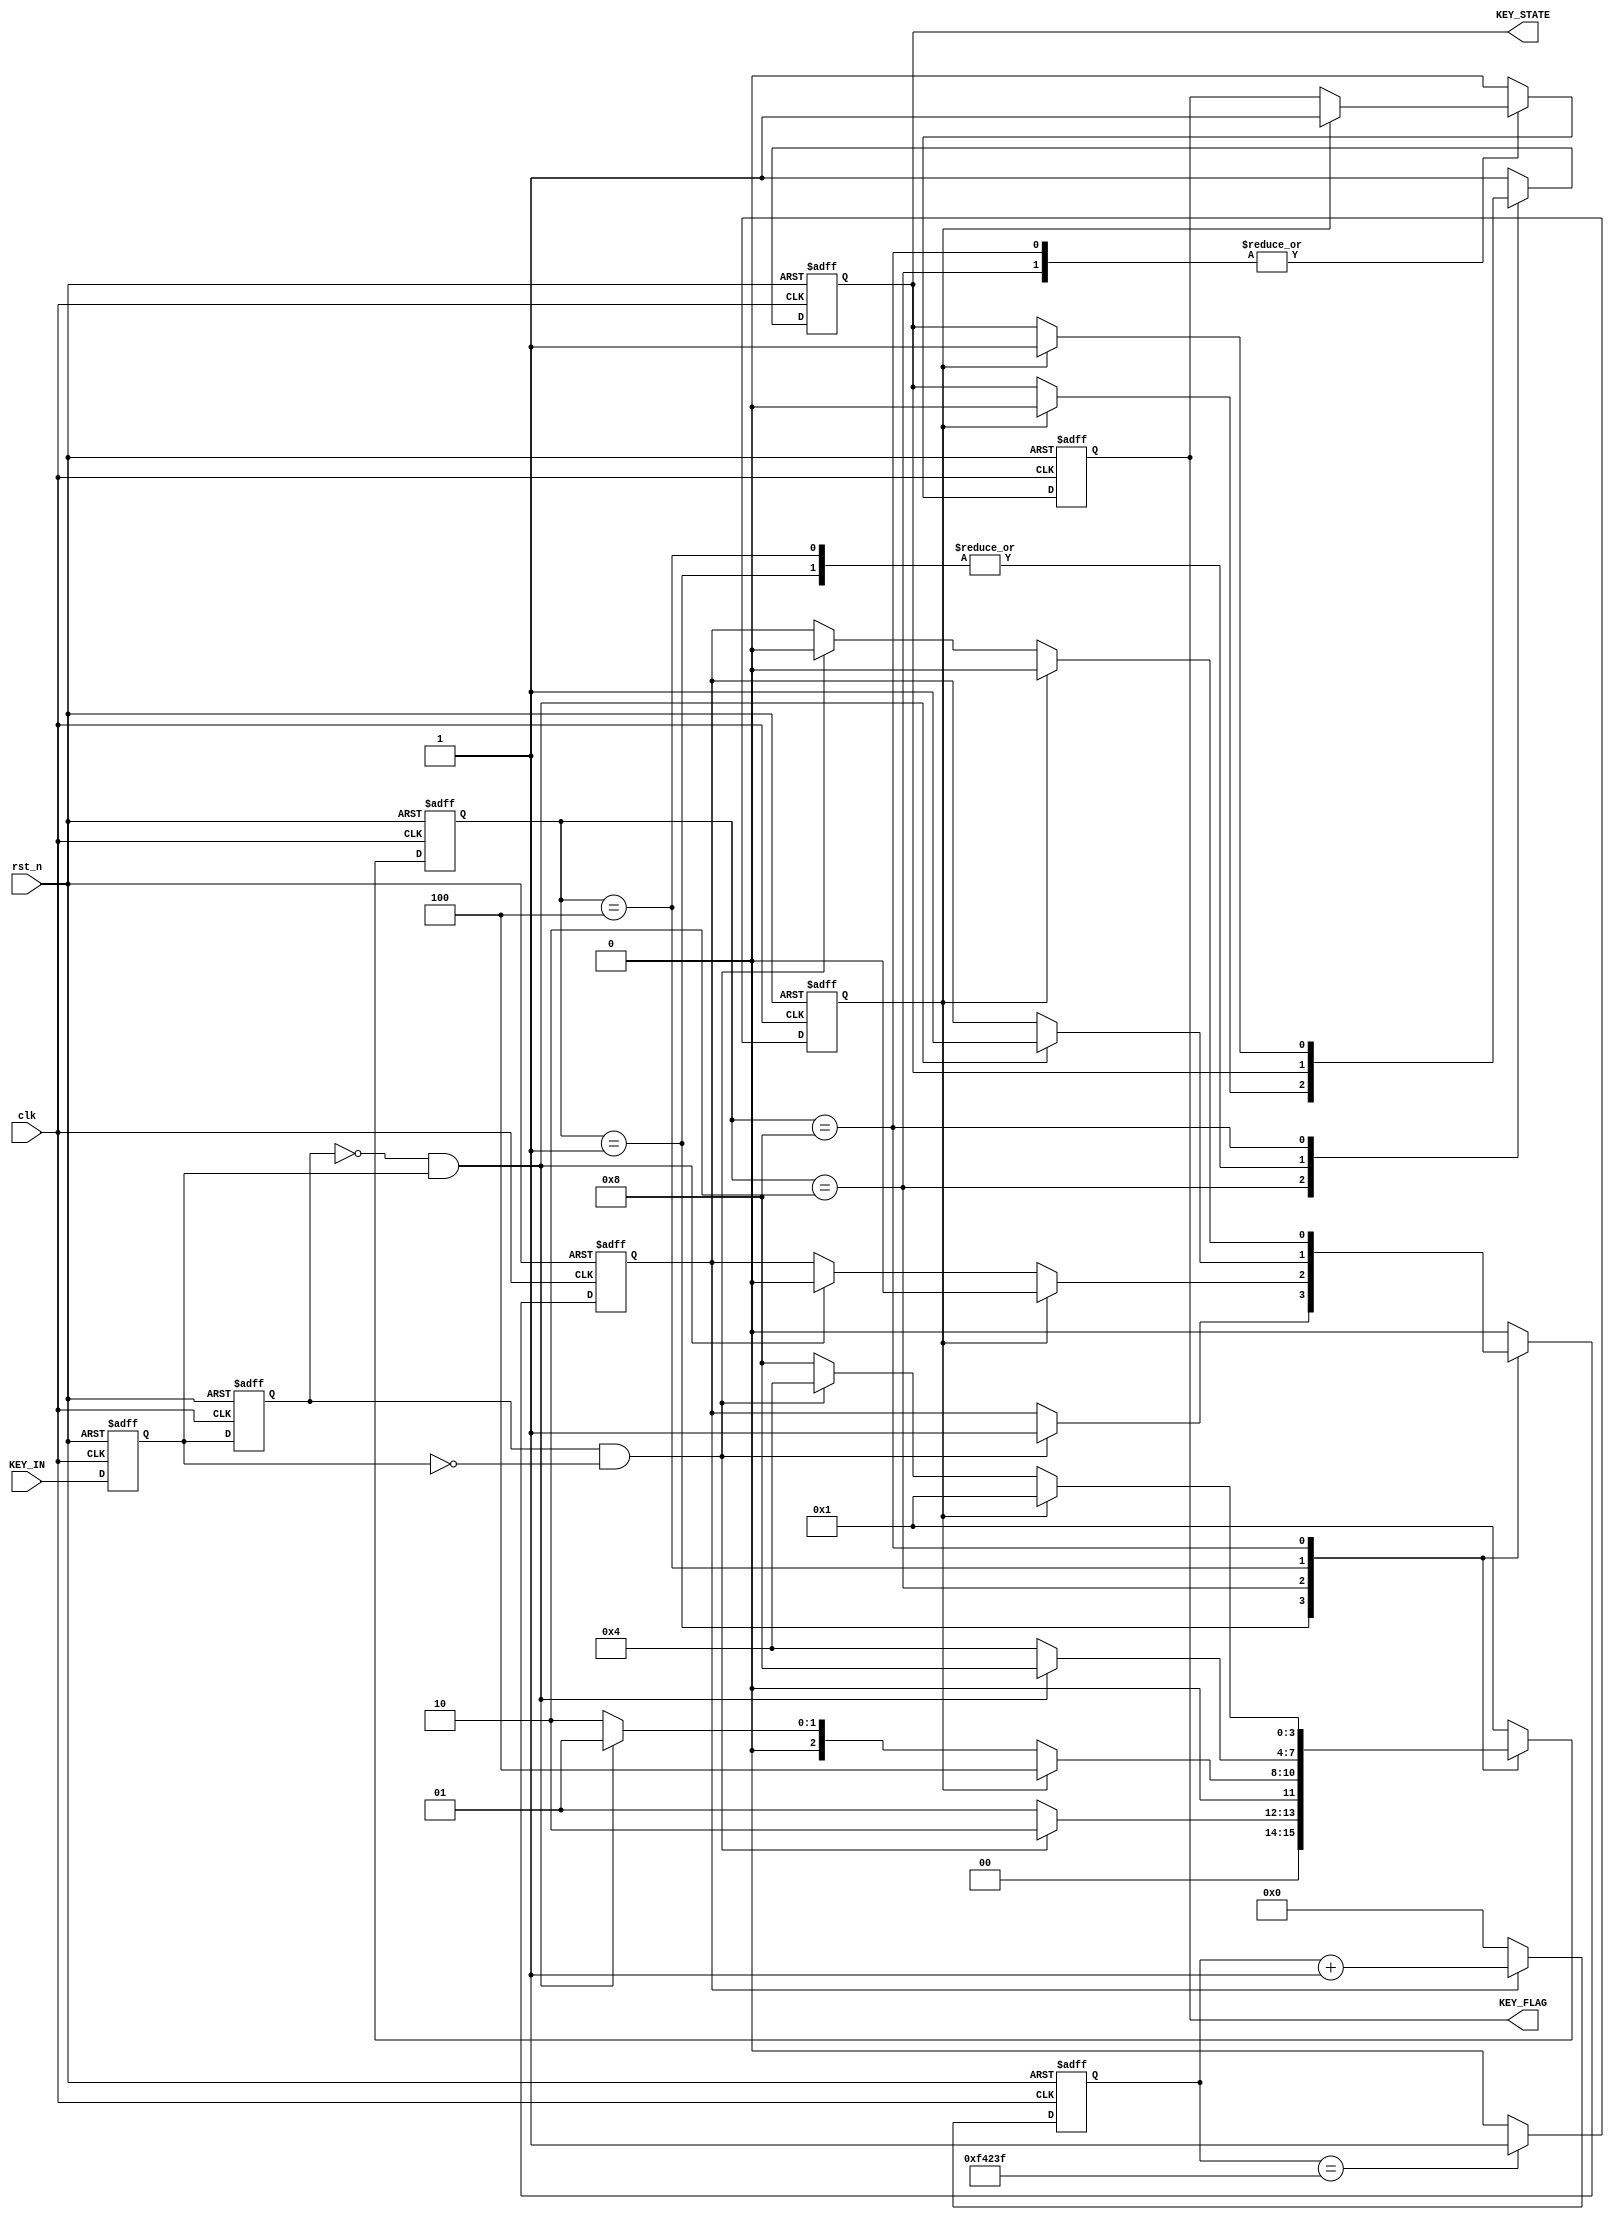
`timescale 1ns / 1ps
//////////////////////////////////////////////////////////////////////////////////
// Company: 
// Engineer: 
// 
// Design Name: 
// Module Name: KeyPress
// Project Name: 
// Target Devices: 
// Tool Versions: 
// Description: 
// 
// Dependencies: 
// 
// Revision:
// Revision 0.01 - File Created
// Additional Comments:
// 
//////////////////////////////////////////////////////////////////////////////////


module KeyPress(
	input clk,
	input rst_n,
	input KEY_IN,
	output reg KEY_FLAG,
	output reg KEY_STATE
);
	reg key_reg_0, key_reg_1;//
	reg en_cnt, cnt_full;
	reg [3:0]state;
	reg [19:0]cnt;
	wire flag_H2L, flag_L2H;
	
	localparam
		Key_up			=	4'b0001,
		Filter_Up2Down	=	4'b0010,
		Key_down		=	4'b0100,
		Filter_Down2Up	=	4'b1000;
		
	//==============//
	always @(posedge clk or negedge rst_n)
		if(!rst_n)
			begin
				key_reg_0 <= 1'b0;
				key_reg_1 <= 1'b0;
			end
		else
			begin
				key_reg_0 <= KEY_IN;
				key_reg_1 <= key_reg_0;
			end
	assign flag_H2L = key_reg_1 && (!key_reg_0);
	assign flag_L2H = (!key_reg_1) && key_reg_0;
	
	//======================//
	always @(posedge clk or negedge rst_n)
		if(!rst_n)
			cnt <= 1'b0;
		else if(en_cnt)
			cnt <= cnt + 1'b1;
		else
			cnt <= 1'b0;
			
	//==========================//
	always @(posedge clk or negedge rst_n)
		if(!rst_n)
			cnt_full <= 1'b0;
		else if(cnt == 20'd999_999)
			cnt_full <= 1'b1;
		else
			cnt_full <= 1'b0;
	
	//=========================//
	always @(posedge clk or negedge rst_n)
		if(!rst_n)
			begin
				en_cnt <= 1'b0;
				state <= Key_up;
				KEY_FLAG <= 1'b0;
				KEY_STATE <= 1'b1;
			end
		else
			case(state)
				//
				Key_up: begin 
					KEY_FLAG <= 1'b0;
					if(flag_H2L) begin
						state <= Filter_Up2Down;
						en_cnt <= 1'b1;
					end
					else
						state <= Key_up;							
				end
				//	
				Filter_Up2Down: begin
					if(cnt_full) begin
						en_cnt <= 1'b0;
						state <= Key_down;
						KEY_STATE <= 1'b0;
						KEY_FLAG <= 1'b1;
					end
					else if(flag_L2H) begin
						en_cnt <= 1'b0;
						state <= Key_up;
					end
					else
						state <= Filter_Up2Down;
				end
				//
				Key_down: begin
					KEY_FLAG <= 1'b0;
					if(flag_L2H) begin
						state <= Filter_Down2Up;
						en_cnt <= 1'b1;
					end
					else 
						state <= Key_down;
				end
				//
				Filter_Down2Up: begin
					if(cnt_full) begin
						en_cnt <= 1'b0;
						state <= Key_up;
						KEY_FLAG <= 1'b1;
						KEY_STATE <= 1'b1;
					end
					else if(flag_H2L) begin
						en_cnt <= 1'b0;
						state <= Key_down;
					end						
					else
						state <= Filter_Down2Up;
				end
				//
				default: begin
					en_cnt <= 1'b0;
					state <= Key_up;
					KEY_FLAG <= 1'b0;
					KEY_STATE <= 1'b1;
				end
			endcase	
            
endmodule